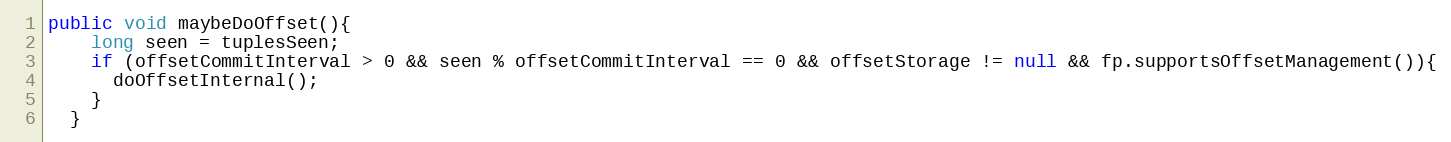
Language: Java
public void maybeDoOffset(){
    long seen = tuplesSeen;
    if (offsetCommitInterval > 0 && seen % offsetCommitInterval == 0 && offsetStorage != null && fp.supportsOffsetManagement()){
      doOffsetInternal();
    }
  }